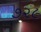
૭૨૯